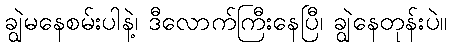
ချွဲမနေစမ်းပါနဲ့၊ ဒီလောက်ကြီးနေပြီ၊ ချွဲနေတုန်းပဲ။